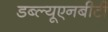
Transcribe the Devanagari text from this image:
डब्ल्यूएनबीटी